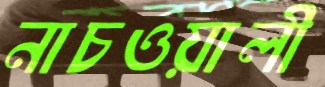
নাচওয়ালী